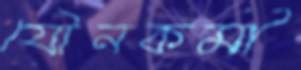
যৌনকর্মী